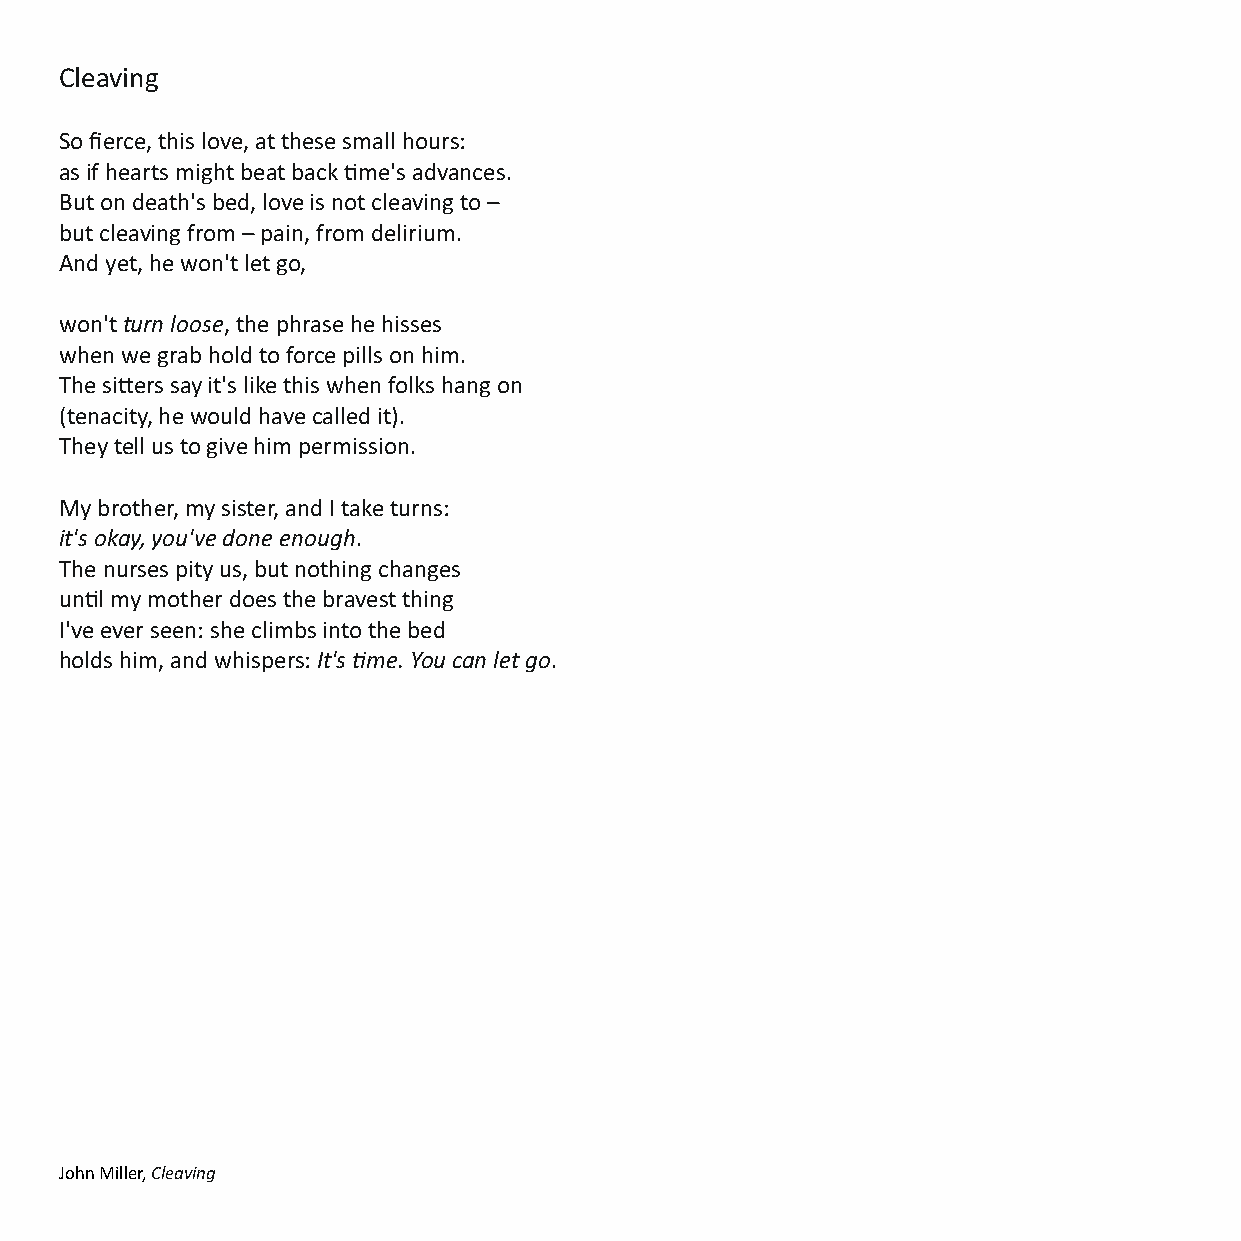
Cleaving
 So fierce, this love, at these small hours:
 as if hearts might beat back me's advances.
 But on death's bed, love is not cleaving to –
 but cleaving from – pain, from delirium.
 And yet, he won't let go,
 won't turn loose, the phrase he hisses
 when we grab hold to force pills on him.
 The siers say it's like this when folks hang on
 (tenacity, he would have called it).
 They tell us to give him permission.
 My brother, my sister, and I take turns:
 it's okay, you've done enough.
 The nurses pity us, but nothing changes
 unl my mother does the bravest thing
 I've ever seen: she climbs into the bed
 holds him, and whispers: It's me. You can let go.
 John Miller, Cleaving